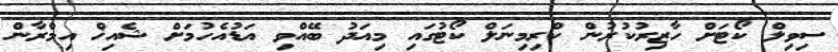
ސިވިލް ކޯޓަށް ހާޒިރުކުރުން ކްރިމިނަލް ކޯޓުގައި މިއަދު ބޭއްވި އަޑުއެހުމަށް ޝެއިޚް އިމްރާން